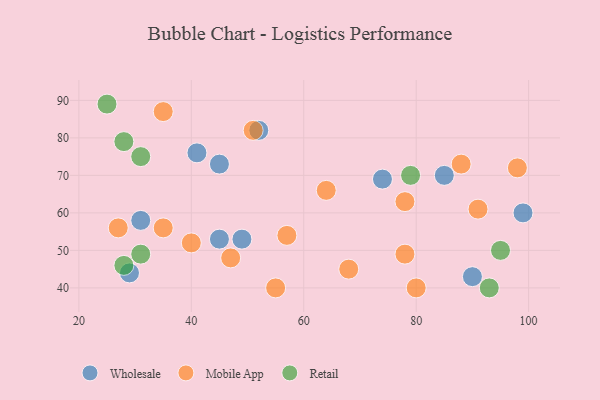
{"axis": {"x": "GDP", "y": "Life Expectancy"}, "legend": ["Mobile App", "Retail", "Wholesale"], "data": [{"x": "49", "y": 53, "type": "Wholesale"}, {"x": "45", "y": 73, "type": "Wholesale"}, {"x": "52", "y": 82, "type": "Wholesale"}, {"x": "74", "y": 69, "type": "Wholesale"}, {"x": "29", "y": 44, "type": "Wholesale"}, {"x": "85", "y": 70, "type": "Wholesale"}, {"x": "41", "y": 76, "type": "Wholesale"}, {"x": "45", "y": 53, "type": "Wholesale"}, {"x": "31", "y": 58, "type": "Wholesale"}, {"x": "99", "y": 60, "type": "Wholesale"}, {"x": "90", "y": 43, "type": "Wholesale"}, {"x": "91", "y": 61, "type": "Mobile App"}, {"x": "64", "y": 66, "type": "Mobile App"}, {"x": "35", "y": 56, "type": "Mobile App"}, {"x": "98", "y": 72, "type": "Mobile App"}, {"x": "57", "y": 54, "type": "Mobile App"}, {"x": "55", "y": 40, "type": "Mobile App"}, {"x": "40", "y": 52, "type": "Mobile App"}, {"x": "88", "y": 73, "type": "Mobile App"}, {"x": "47", "y": 48, "type": "Mobile App"}, {"x": "35", "y": 87, "type": "Mobile App"}, {"x": "51", "y": 82, "type": "Mobile App"}, {"x": "27", "y": 56, "type": "Mobile App"}, {"x": "80", "y": 40, "type": "Mobile App"}, {"x": "78", "y": 63, "type": "Mobile App"}, {"x": "78", "y": 49, "type": "Mobile App"}, {"x": "68", "y": 45, "type": "Mobile App"}, {"x": "31", "y": 49, "type": "Retail"}, {"x": "79", "y": 70, "type": "Retail"}, {"x": "95", "y": 50, "type": "Retail"}, {"x": "28", "y": 79, "type": "Retail"}, {"x": "93", "y": 40, "type": "Retail"}, {"x": "31", "y": 75, "type": "Retail"}, {"x": "25", "y": 89, "type": "Retail"}, {"x": "28", "y": 46, "type": "Retail"}]}